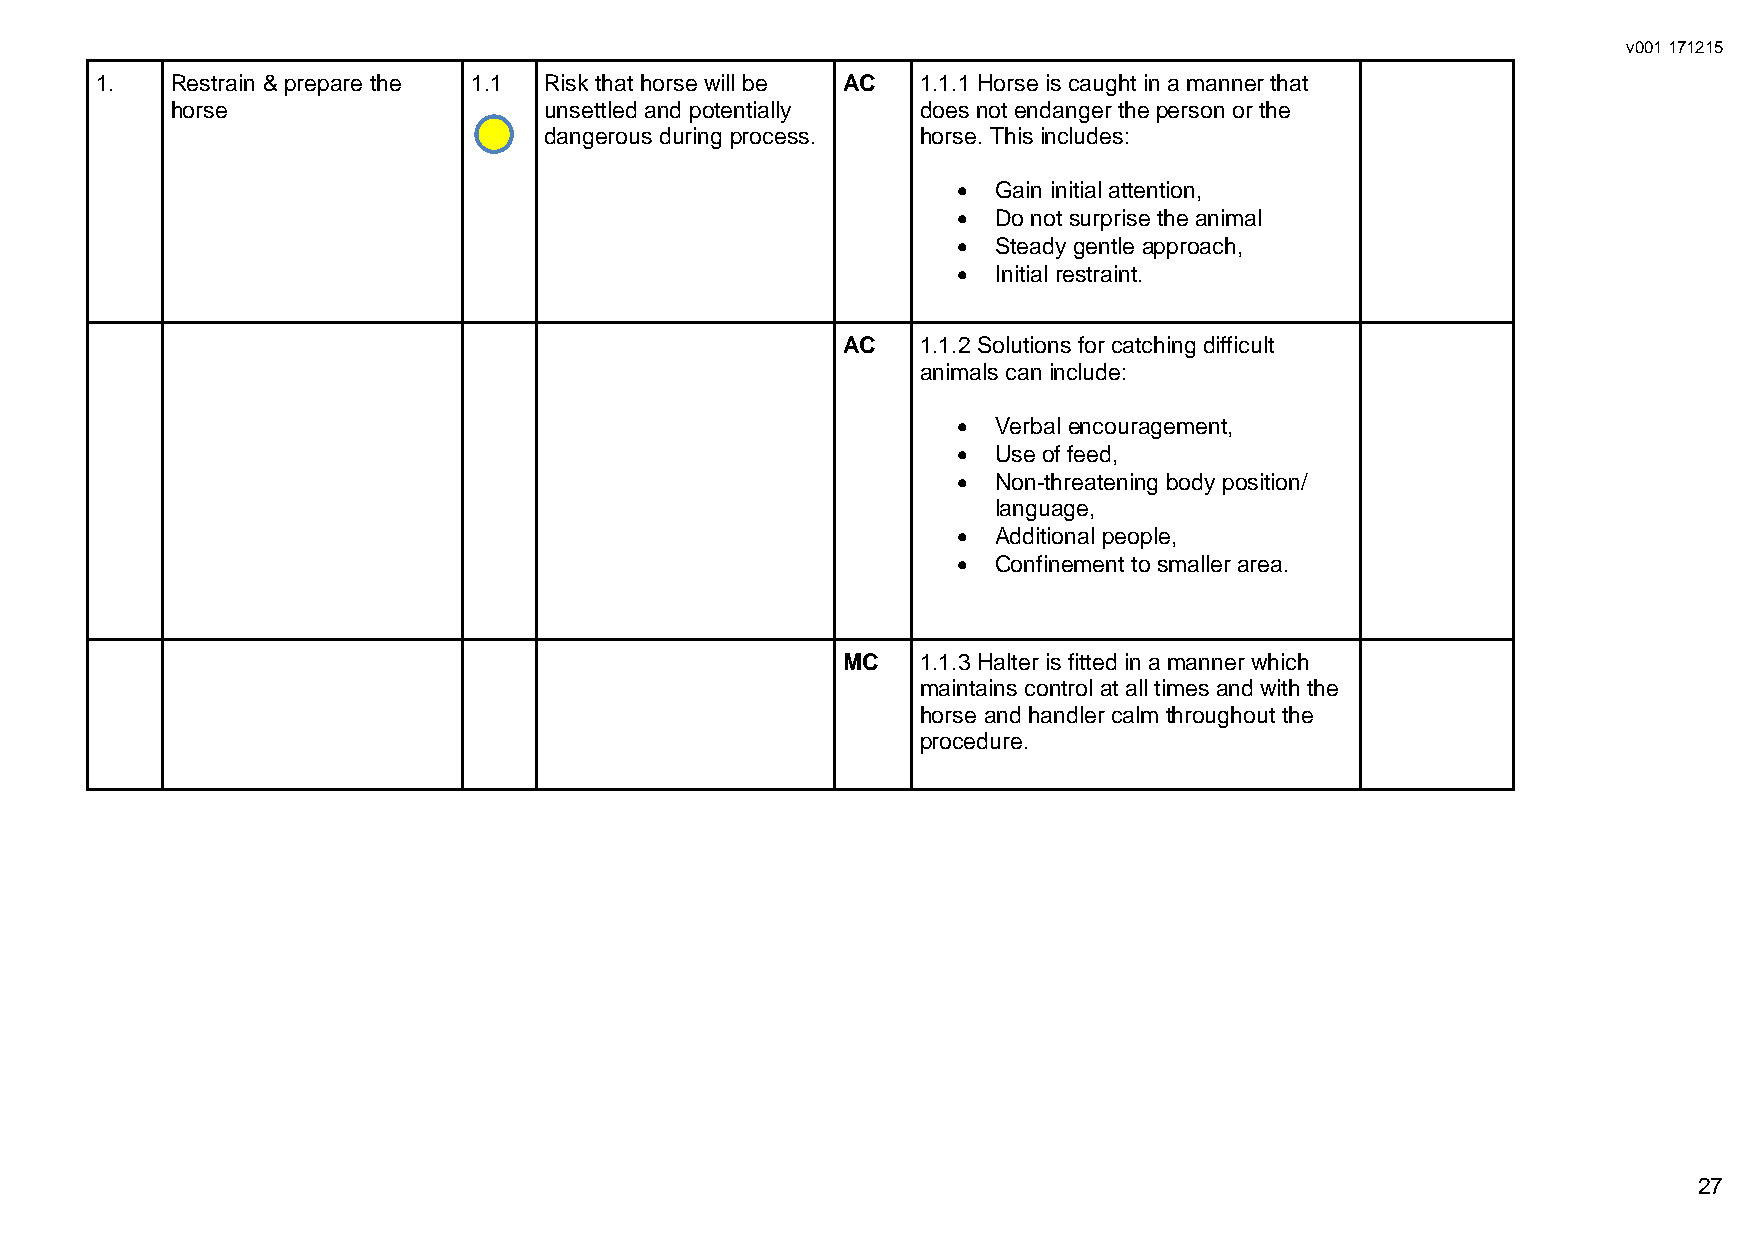
v001 171215
 1.   Restrain & prepare the 1.1 Risk that horse will be AC 1.1.1 Horse is caught in a manner that
 horse                    unsettled and potentially does not endanger the person or the
 dangerous during process. horse. This includes:
   Gain initial attention,
   Do not surprise the animal
   Steady gentle approach,
   Initial restraint.
 AC   1.1.2 Solutions for catching difficult
 animals can include:
   Verbal encouragement,
   Use of feed,
   Non-threatening body position/
 language,
   Additional people,
   Confinement to smaller area.
 MC   1.1.3 Halter is fitted in a manner which
 maintains control at all times and with the
 horse and handler calm throughout the
 procedure.
 27